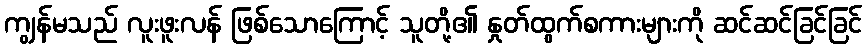
ကျွန်မသည် လူးဖူးလန် ဖြစ်သောကြောင့် သူတို့၏ နှုတ်ထွက်စကားများကို ဆင်ဆင်ခြင်ခြင်